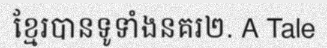
ខ្មែរបានទូទាំងនគរ២. A Tale